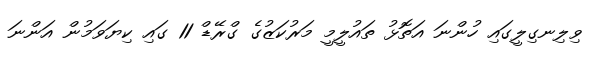
ވިލިނގިލީގައި ހުންނަ އަތޮޅު ތައުލީމީ މަރުކަޒުގެ ގްރޭޑް 11 ގައި ކިޔަވަމުން އަންނަ